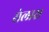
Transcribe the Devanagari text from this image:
सेलारा